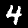
Digit: 4